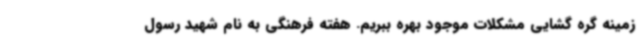
زمینه گره گشایی مشکلات موجود بهره ببریم. هفته فرهنگی به نام شهید رسول